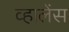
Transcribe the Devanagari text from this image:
व्हालेंस